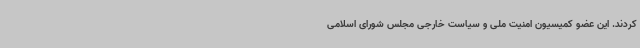
کردند. این عضو کمیسیون امنیت ملی و سیاست خارجی مجلس شورای اسلامی